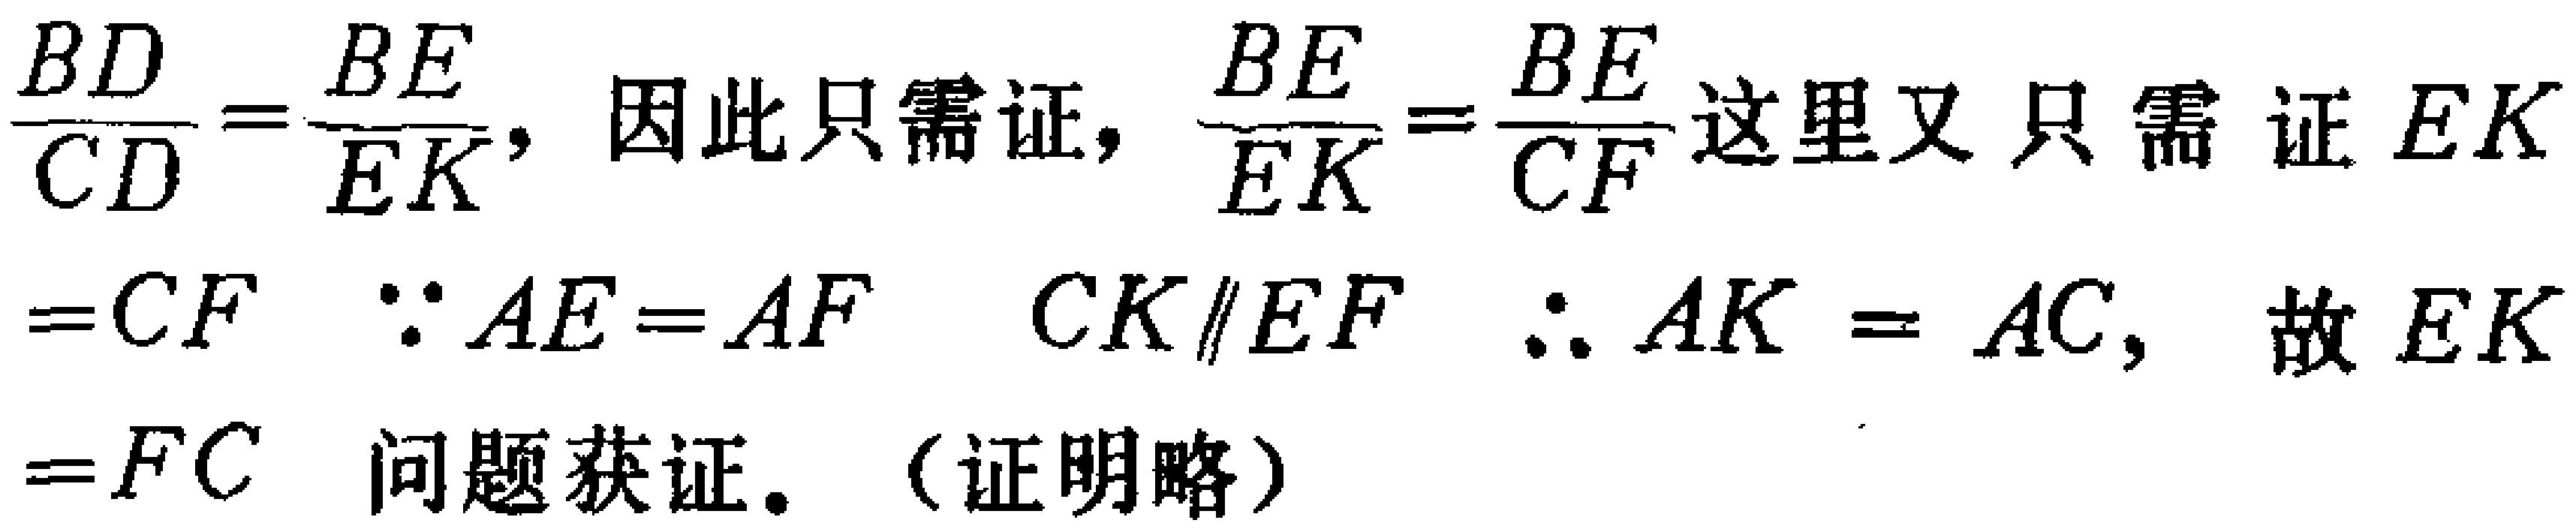
\(\frac{BD}{CD}=\frac{BE}{EK}\)，因此只需证，\(\frac{BE}{EK}=\frac{BE}{CF}\)这里又只需证\(EK = CF\) \(\because AE = AF\) \(CK\parallel EF\) \(\therefore AK = AC\)，故\(EK = FC\) 问题获证。（证明略）